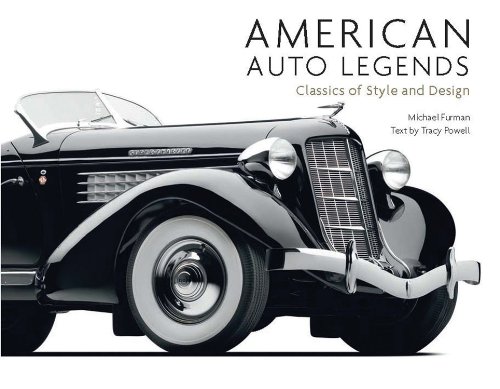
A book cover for American Auto Legends: Classics of Style and Design; Michael Furman; Engineering & Transportation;